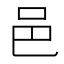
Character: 邑